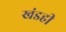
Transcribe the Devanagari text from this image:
खंडही